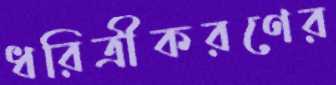
ধরিত্রীকরণের